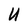
Character: U